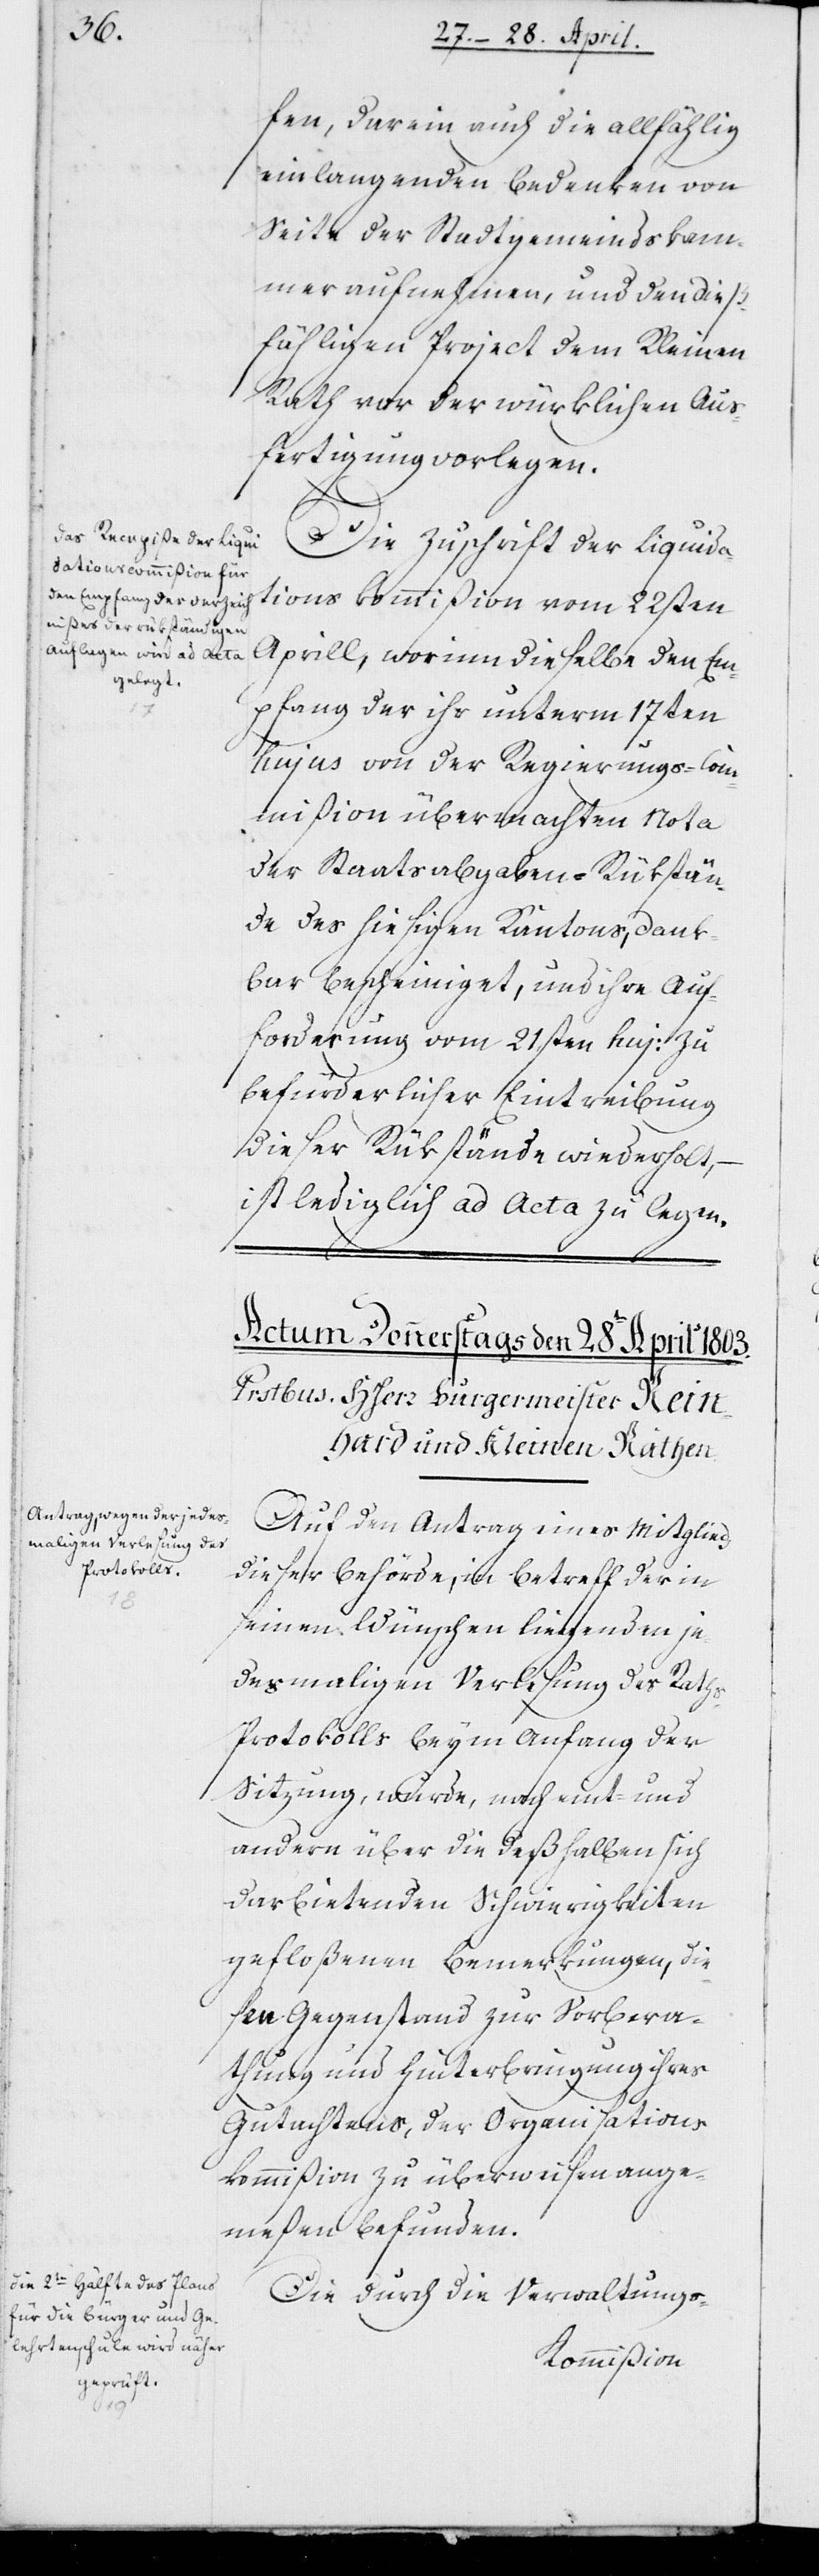
fen, darein auch die allfählig
einlangenden Bedenken von
Seite der Stadtgemeindskam¬
mer aufnehmen, und den dieß¬
fälligen Project dem Kleinen
Rath vor der würklichen Aus¬
fertigung vorlegen.
Die Zuschrift der Liquida¬
tions Commißion vom 22sten
Aprill, worinn dieselbe den Em¬
pfang der ihr unterm 17ten
hujus von der Regierungs-Com¬
mißion übermachten Nota
der Staatsabgaben-Rükstän¬
de des hiesigen Kantons, dank¬
bar bescheiniget, und ihre Auf¬
forderung vom 21sten hujus zu
befürderlicher Eintreibung
dieser Rükstände wiederholt, –
ist lediglich ad Acta zu legen.
Auf den Antrag eines Mitglieds
dieser Behörde, in Betreff der in
seinen Wünschen liegenden je¬
desmaligen Verlesung des Rath¬
s-Protokolls beym Anfang der
Sitzung, wurde, nach eint- und
andern über die deßhalben sich
darbietenden Schwierigkeiten
gefloßenen Bemerkungen, die¬
sen Gegenstand zur Vorbera¬
thung und Hinterbringung ihres
Gutachtens, der Organisations¬
kommißion zu überweisen, ange¬
meßen befunden.
Die durch die Verwaltungs-